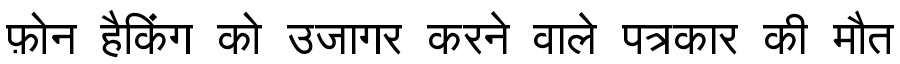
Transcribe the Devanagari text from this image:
फ़ोन हैकिंग को उजागर करने वाले पत्रकार की मौत